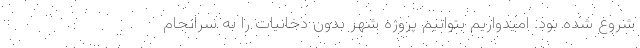
شروع شده بود. امیدواریم بتوانیم پروژه شهر بدون دخانیات را به سرانجام